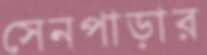
সেনপাড়ার